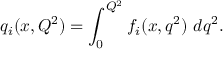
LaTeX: q _ { i } ( x , Q ^ { 2 } ) = \int _ { 0 } ^ { Q ^ { 2 } } f _ { i } ( x , q ^ { 2 } ) \ d q ^ { 2 } .